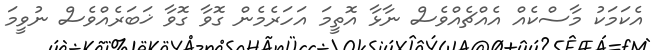
އެކަމަކު މާސްކެއް އެއްޗެއްވެސް ނާޅާ އޮތީމަ އަހަރެމެން ގޮވާ ގޮވާ ޚަބަރެއްވެސް ނުވީމަ